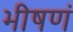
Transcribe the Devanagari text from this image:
भीषणं